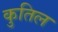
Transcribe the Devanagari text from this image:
कुतिल